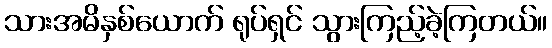
သားအမိနှစ်ယောက် ရုပ်ရှင် သွားကြည့်ခဲ့ကြတယ်။